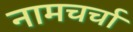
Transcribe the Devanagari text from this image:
नामचर्चा